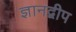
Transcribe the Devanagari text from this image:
ज्ञानद्वीप